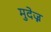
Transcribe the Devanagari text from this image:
मुदेज्न